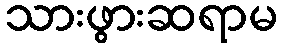
သားဖွားဆရာမ